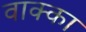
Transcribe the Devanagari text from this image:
वाक्का